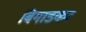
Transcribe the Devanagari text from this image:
बिगाडकर